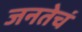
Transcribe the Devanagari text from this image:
जनतेचं